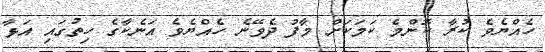
ހެއްޔެވެ ކުރާ ކޮންމެ ކަމަކަށް މާފު ދެވޭނެ ހެއްޔެވެ އަނެކާގެ ހިތުގައި އަޅާ